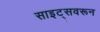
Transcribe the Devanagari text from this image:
साइट्सवरून